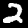
Label: 2